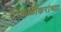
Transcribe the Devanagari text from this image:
टाकळीकरांच्या